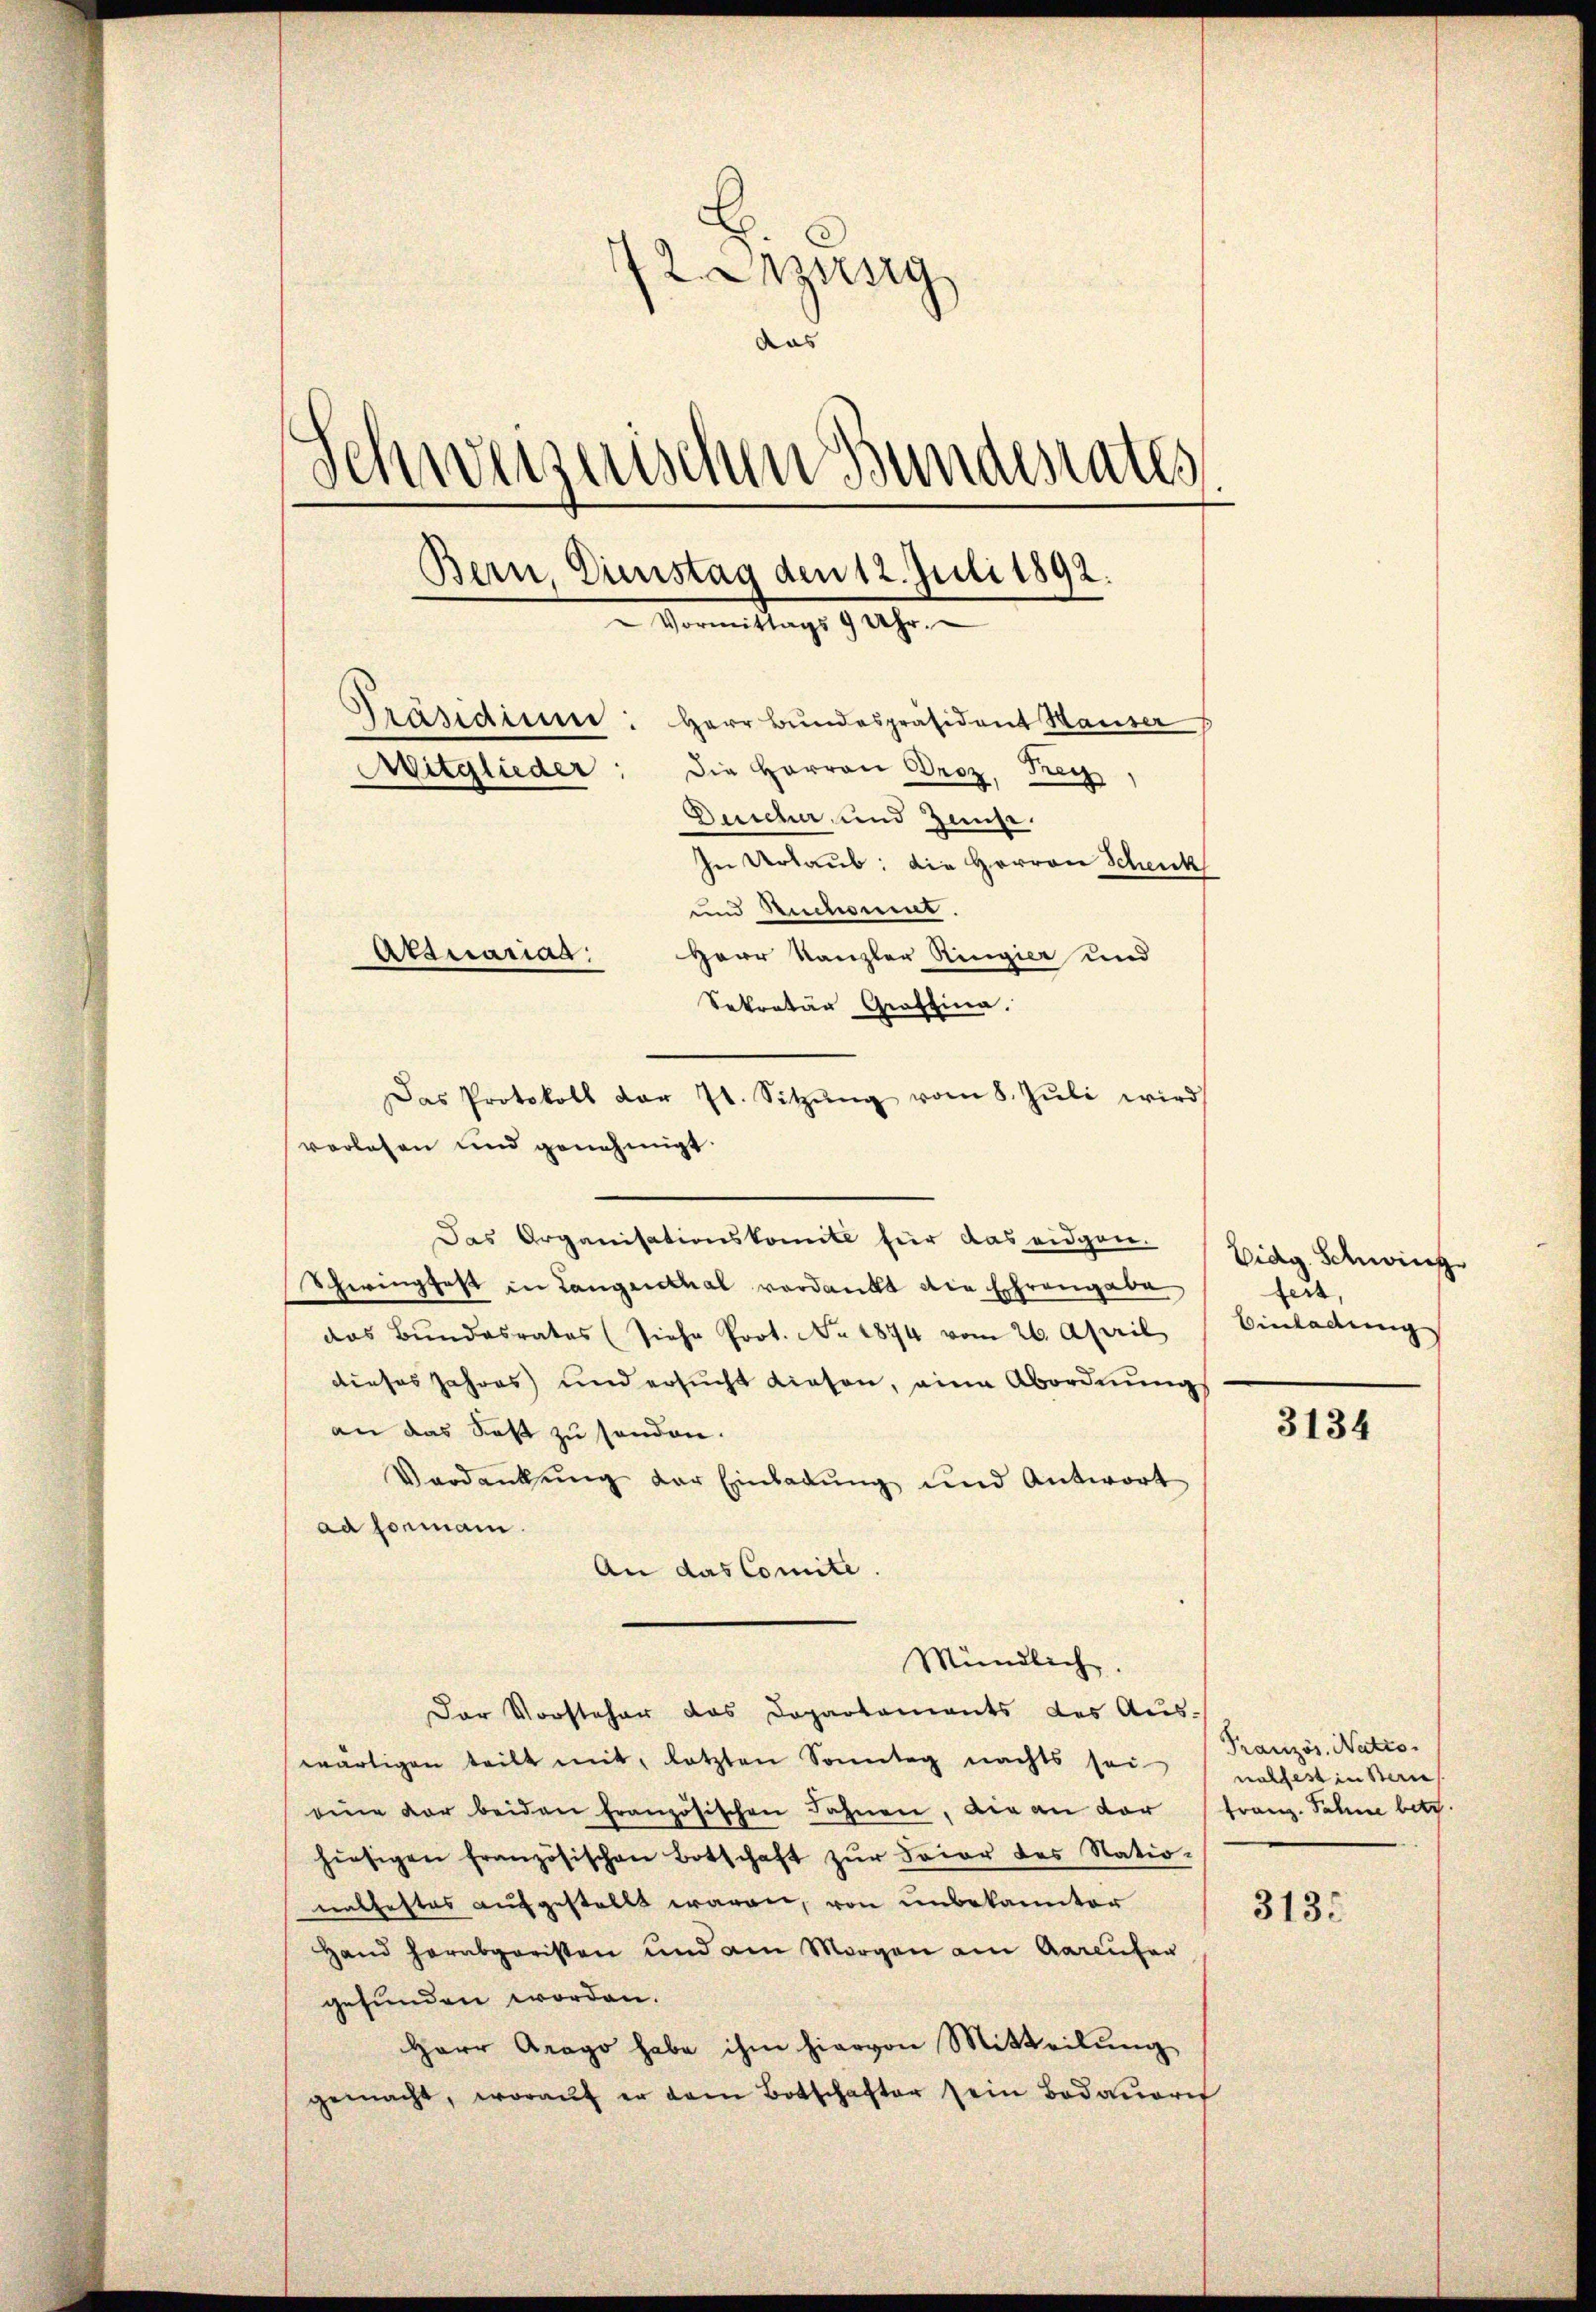
72. Spirig
das
Schweizerischen Bundesrates
Bern, Dienstag den 12. Juli 1892.
Vormittags 9 Uhr.
stasiauen: Herr Bundespräsident Hauser
Mitglieder: die Herren Droz, Frey
Deicher und Zinse.
In Urlaub: die Herren Schenk
und Ruckommt.

vorlesen und genehmigt.
Das Organisationskomite für das eidgen.
Schwingfest in Langenthal verdankt die Ehrengabe
das Bŭndesrates (siehe Prot. No. 1874 vom 26. April
dieses Jahres und ersucht diesen, eine Abordnungs
an das Rest zu senden.
Verdankŭng der Einladŭng und Antwort
ad formani.
An das Comite.
Mündlich.
Der Vorsteher das Dopartements des Aus-
wärtigen teilt mit, letzten Sonntag nachts sei
eine der beiden französischen Fahnen, die an der (Franz-Sahne betr.
hiesigen französischen Botschaft zŭr Feier des Natio-
nathestes aufgestellt waren, von unbekannter
Hand herabgeristen und am Morgen am Aaraufer
gefunden worden.
Herr Arago habe ihm hiervon Mitteilŭng
gemacht, woraŭf er dem Botschafter sein Bodaŭorif

Attuariag

Sekretär Graffina.
Das Protokoll der 7t. Sitzŭng vom 8. Jŭli wird

Herr Kanzler Ringier und

Eidg. Schwing
feit,
Einladung

3134

Französ. Natio
nalfest in kan

313.